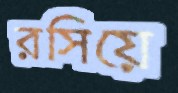
রসিয়ে